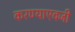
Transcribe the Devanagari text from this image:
करण्याएवजी